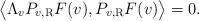
LaTeX: \begin{align*} \big\langle \Lambda_v P_{v, \rm R} F (v), P_{v, \rm R} F (v) \big\rangle = 0.\end{align*}